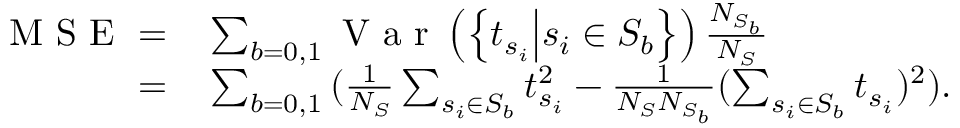
\begin{array} { r l } { \mathrm { ~ M ~ S ~ E ~ } = } & { { } \sum _ { b = 0 , 1 } { \mathrm { ~ V ~ a ~ r ~ } \left( \left\{ t _ { s _ { i } } \middle | s _ { i } \in S _ { b } \right\} \right) \frac { N _ { S _ { b } } } { N _ { S } } } } \\ { = } & { { } \sum _ { b = 0 , 1 } { ( \frac { 1 } { N _ { S } } \sum _ { s _ { i } \in S _ { b } } t _ { s _ { i } } ^ { 2 } - \frac { 1 } { N _ { S } N _ { S _ { b } } } ( \sum _ { s _ { i } \in S _ { b } } t _ { s _ { i } } ) ^ { 2 } ) } . } \end{array}